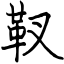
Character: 靫